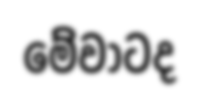
මේවාටද